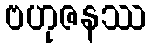
ဗဟုဇနဿ